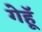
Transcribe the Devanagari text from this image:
गेहूॅ